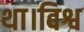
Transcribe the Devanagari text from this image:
था।विश्व